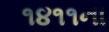
૧૪૧૧ના